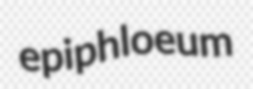
epiphloeum